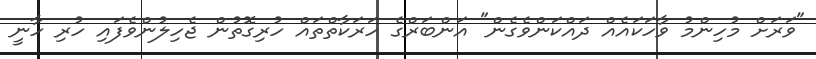
"ވަރަށް މުހިންމު ވާހަކައެއް ދައްކަންވެގެން" އަންބަރްގެ ހަރަކާތްތައް ހުރިގޮތުން ޖެހިލުންވެފައި ހުރި ހާނީ